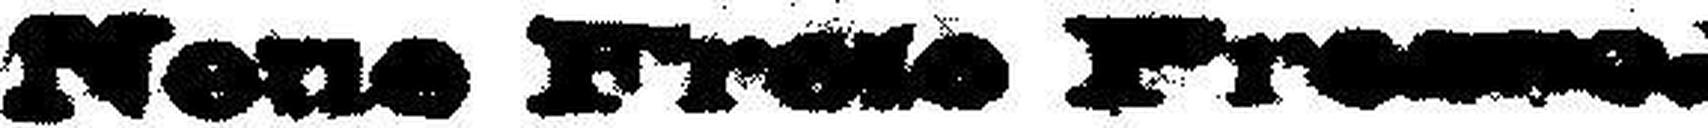
Neue Freie Presse.